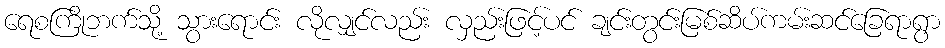
ရေစကြိုဘက်သို့ သွားရောင်း လိုလျှင်လည်း လှည်းဖြင့်ပင် ချင်းတွင်းမြစ်ဆိပ်ကမ်းဆင်ခြေရာရွာ